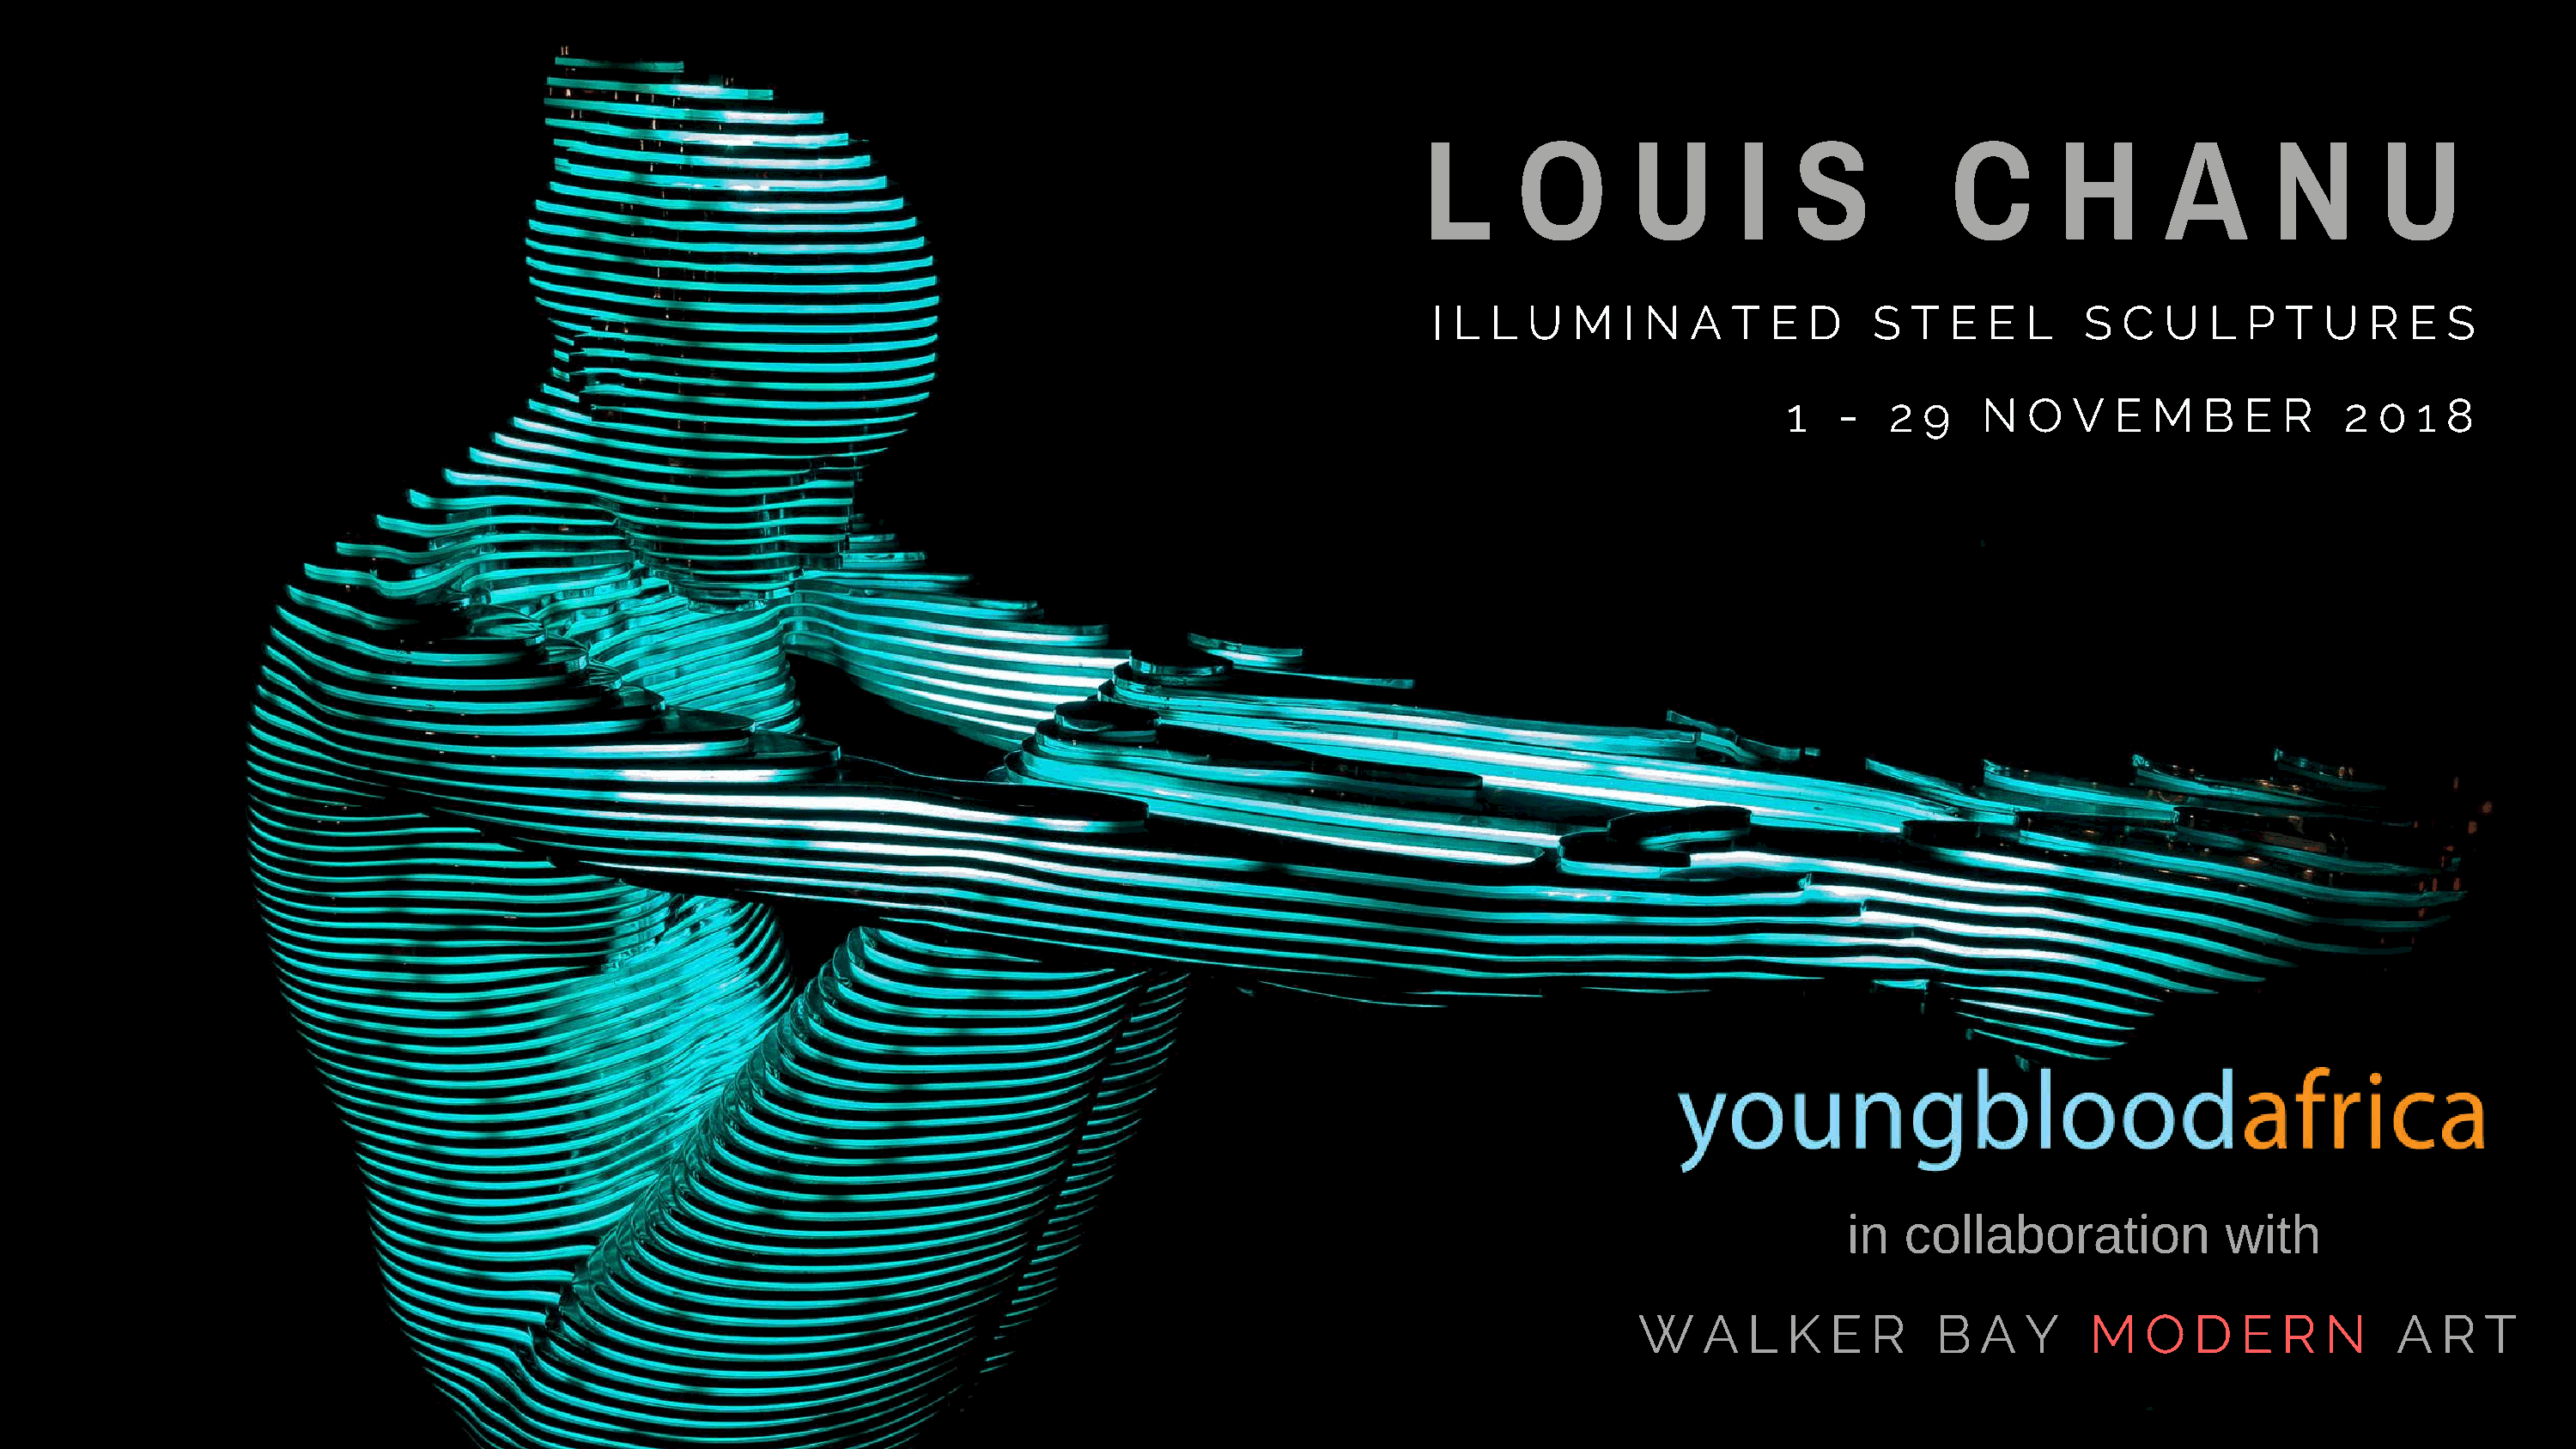
L      O        U       I   S           C        H       A       N       U
 I L  L  U  M   I N  A  T  E  D    S  T  E  E  L    S  C  U  L  P  T  U   R  E  S
 1   -   2 9    N  O   V  E  M   B  E  R    2 0  1  8
 in   collaboration            with
 W    A   L  K  E  R    B   A  Y    M   O   D   E  R  N     A  R   T